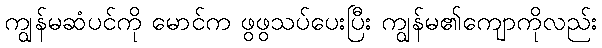
ကျွန်မဆံပင်ကို မောင်က ဖွဖွသပ်ပေးပြီး ကျွန်မ၏ကျောကိုလည်း